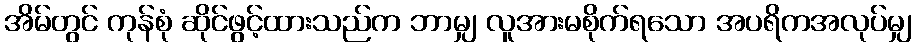
အိမ်တွင် ကုန်စုံ ဆိုင်ဖွင့်ထားသည်က ဘာမျှ လူအားမစိုက်ရသော အပရိကအလုပ်မျှ